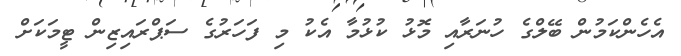
އެހެންކަމުން ބޭލްގެ ހުނަރާއި މޮޅު ކުޅުމާ އެކު މި ފަހަރުގެ ސަޕްރައިޒިން ޓީމަކަށް